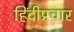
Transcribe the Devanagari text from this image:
हिंदीप्रचार